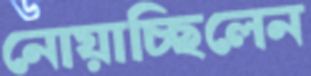
নোয়াচ্ছিলেন